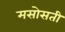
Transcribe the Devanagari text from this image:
मसोसती